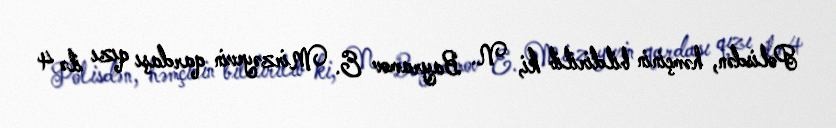
Polisdən, həmçinin bildirilib ki, N. Bayramov E. Mirzəyevin qardaşı qızı ilə 4